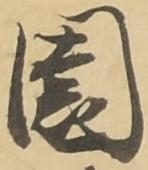
園